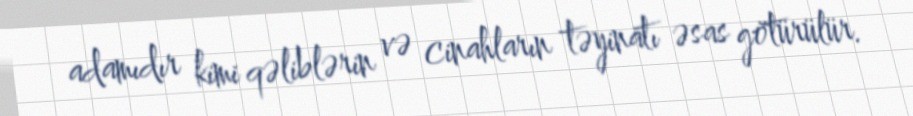
adamıdır kimi qəliblərin və cinahların təyinatı əsas götürülür.